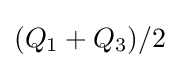
{(Q_{1}+Q_{3})/2}